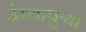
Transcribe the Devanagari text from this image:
उंच्यापुऱ्या